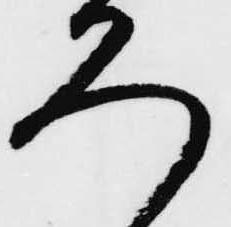
ろ